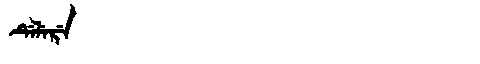
Manchu: ᡩᡝᠯᡝᡵᡝ
Romanization: DELERE